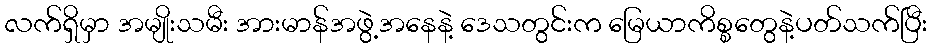
လက်ရှိမှာ အမျိုးသမီး အားမာန်အဖွဲ့အနေနဲ့ ဒေသတွင်းက မြေယာကိစ္စတွေနဲ့ပတ်သက်ပြီး